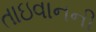
તાઇવાનની